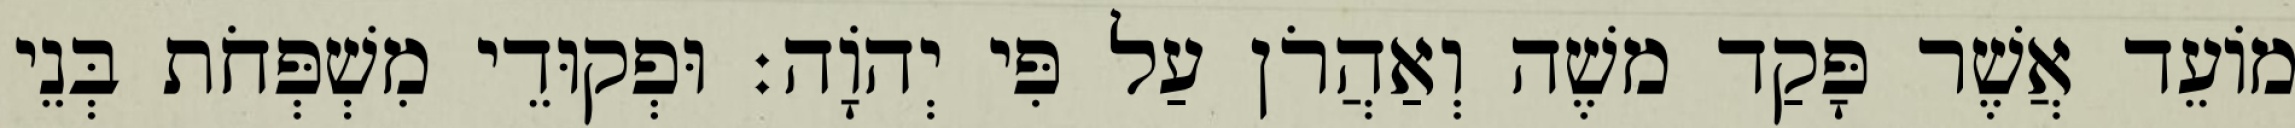
מוֹעֵד אֲשֶׁר פָּקַד משֶׁה וְאַהֲרֹן עַל פִּי יְהוָֹה׃ וּפְקוּדֵי מִשְׁפְּחֹת בְּנֵי